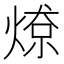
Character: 𱫲